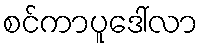
စင်ကာပူဒေါ်လာ